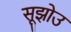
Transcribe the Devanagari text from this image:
सूझोउ